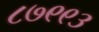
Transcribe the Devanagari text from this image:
८७९९३